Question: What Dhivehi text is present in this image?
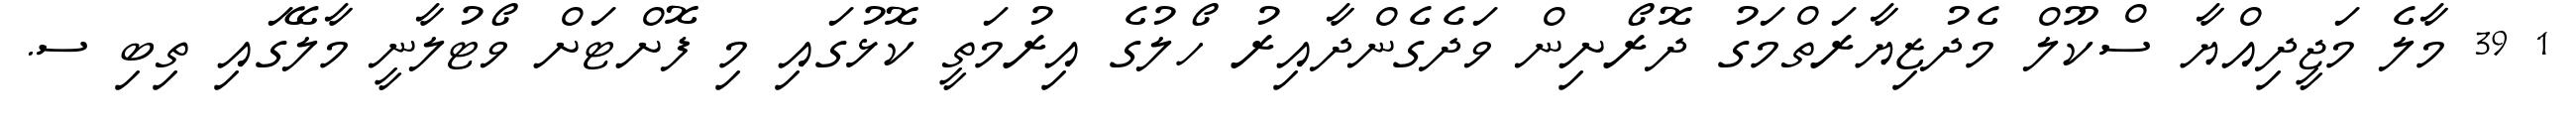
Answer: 1 39 މާލެ މަޖީދިއްޔާ ސްކޫލް މެދުޒިޔާރަތްމަގު ދޮރޯށިން ވަދެގެންދާއިރު ހޯލުގެ އިރުމަތީ ކޮޅުގައި މި ފޮށްޓަށް ވޯޓުލާނީ މާލޭގައި ތިބި ސ.